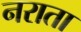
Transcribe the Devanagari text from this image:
नराता